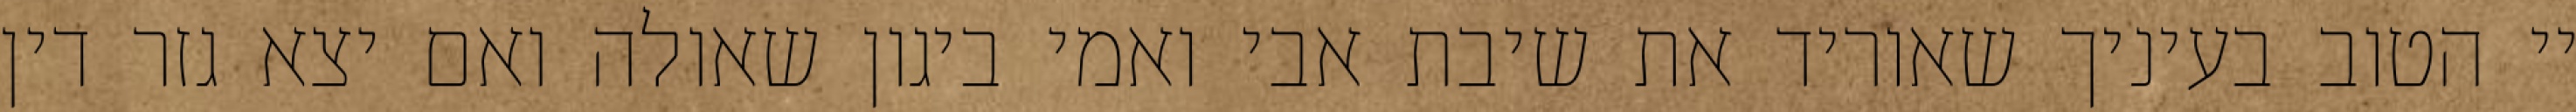
יי הטוב בעיניך שאוריד את שיבת אבי ואמי ביגון שאולה ואם יצא גזר דין